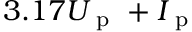
3 . 1 7 U _ { \mathrm { ~ p ~ } } + I _ { \mathrm { ~ p ~ } }